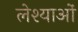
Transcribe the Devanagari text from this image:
लेश्याओं